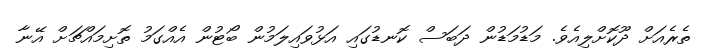
ތެރެއަށް ދޫކޮށްލިއެވެ. މަޑުމަޑުން ދަބަސް ކޮނޑުގައި އަޅުވައިލަމުން ބޯޓުން އެއްގަމު ތޮށިމައްޗަށް އޭނާ